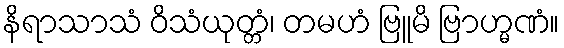
နိရာသာသံ ဝိသံယုတ္တံ၊ တမဟံ ဗြူမိ ဗြာဟ္မဏံ။